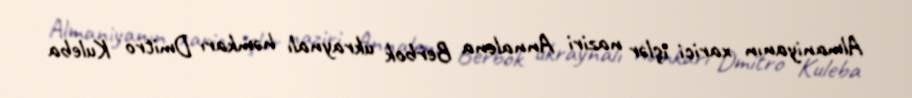
Almaniyanın xarici işlər naziri Annalena Berbok ukraynalı həmkarı Dmitro Kuleba